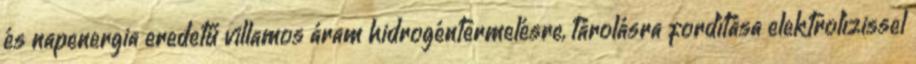
és napenergia eredetű villamos áram hidrogéntermelésre, tárolásra fordítása elektrolízissel